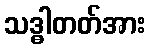
သဒ္ဓါတတ်အား